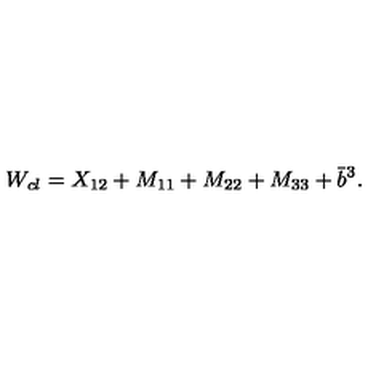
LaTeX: W _ { c l } = X _ { 1 2 } + M _ { 1 1 } + M _ { 2 2 } + M _ { 3 3 } + \bar { b } ^ { 3 } .